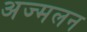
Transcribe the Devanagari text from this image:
अज्मलन